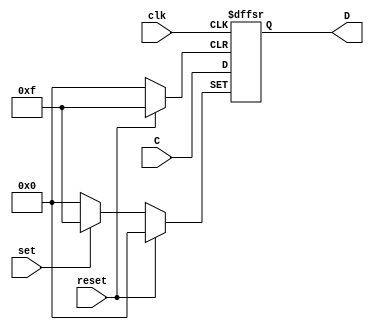
// Universidad del Valle de Guatemala
// Valerie Valdez (19659)
// Electrnica digital

// ------------------------- Laboratorio No. 6 --------------------------------


// Ejercicio 05
// Flip Flop tipo D de 4 bits con reset sncrono y asncrono

module FFD(input wire clk, reset, set, input wire [3:0]C, output reg[3:0]D);

// Con always una seccin del cdigo estar siempre activado
  always @ (posedge clk, posedge set, posedge reset) begin // Count on the rising edge of the clk

    if(reset) begin  // En caso de reset colocar todas las salidas en 0
      D <= 4'b0;
    end

    else if (set) begin  // En caso de set colocar todas las salidas en 1
      D <= 4'b1111;
    end

    else  // De lo contrario la salida ser igual a la entrada
      D <= C;
    end
endmodule



// Ejercicio 06

// Flip Flop tipo D de 2 bits

module FFD2(input wire clk, reset, input wire C, output reg D);
  always @ (posedge clk, posedge reset) begin
    if (reset) begin
      D <= 1'b0;
    end

    else
      D <= C;
    end
endmodule



// Mquina de estados finitos Ejercicio 1

module MF(input wire A, B, clk, reset, output wire Y);
wire S1, S0, S11, S00;

// Ecuaciones booleanas de transiciones
  assign S11 = (S0 & B) | (S1 & A & B);
  assign S00 = (~S1 & ~S0 & A);
  assign Y = (S1 & A & B);

// Utilizar el Flip FLop de 1 bits
  FFD2 U(clk, reset, S11, S1);
  FFD2 U1(clk, reset, S00, S0);

endmodule



// Mquina de estados finitos Ejercicio 3

module MF1(input wire P, clk, reset, output wire Y0, Y1, Y2);
wire S2, S1, S0, S22, S11, S00;

// Ecuaciones booleanas de transiciones
  assign S22 = (~S2 & S1 & S0 & P) | (~S2 & ~S1 & ~S0 & ~P) | (S2 & ~S1 & S0) | (S2 & ~S0 & P) | (S2 & S1 & ~P);
  assign S11 = (~S1 & S0 & P) | (S1 & ~S0 & P) | (S1 & S0 & ~P) | (~S1 & ~S0 & ~P);
  assign S00 = ~S0;

// Utilizar el Flip FLop de 2 bits
  FFD2 U2(clk, reset, S00, S0);
  FFD2 U3(clk, reset, S11, S1);
  FFD2 U4(clk, reset, S22, S2);

// Ecuaciones para las salidas
  assign Y2 = S2;
  assign Y1 = (~S2 & S1) | (S2 & ~S1);
  assign Y0 = (~S1 & S0) | (S1 & ~S0);

endmodule